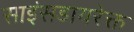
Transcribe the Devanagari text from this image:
साइंसडायरेक्त